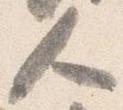
人